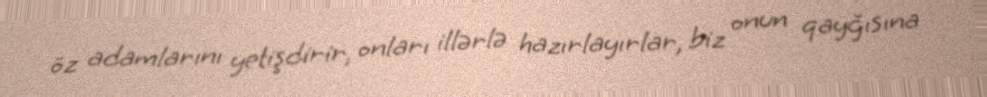
öz adamlarını yetişdirir, onları illərlə hazırlayırlar, biz onun qayğısına